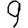
Digit: 9